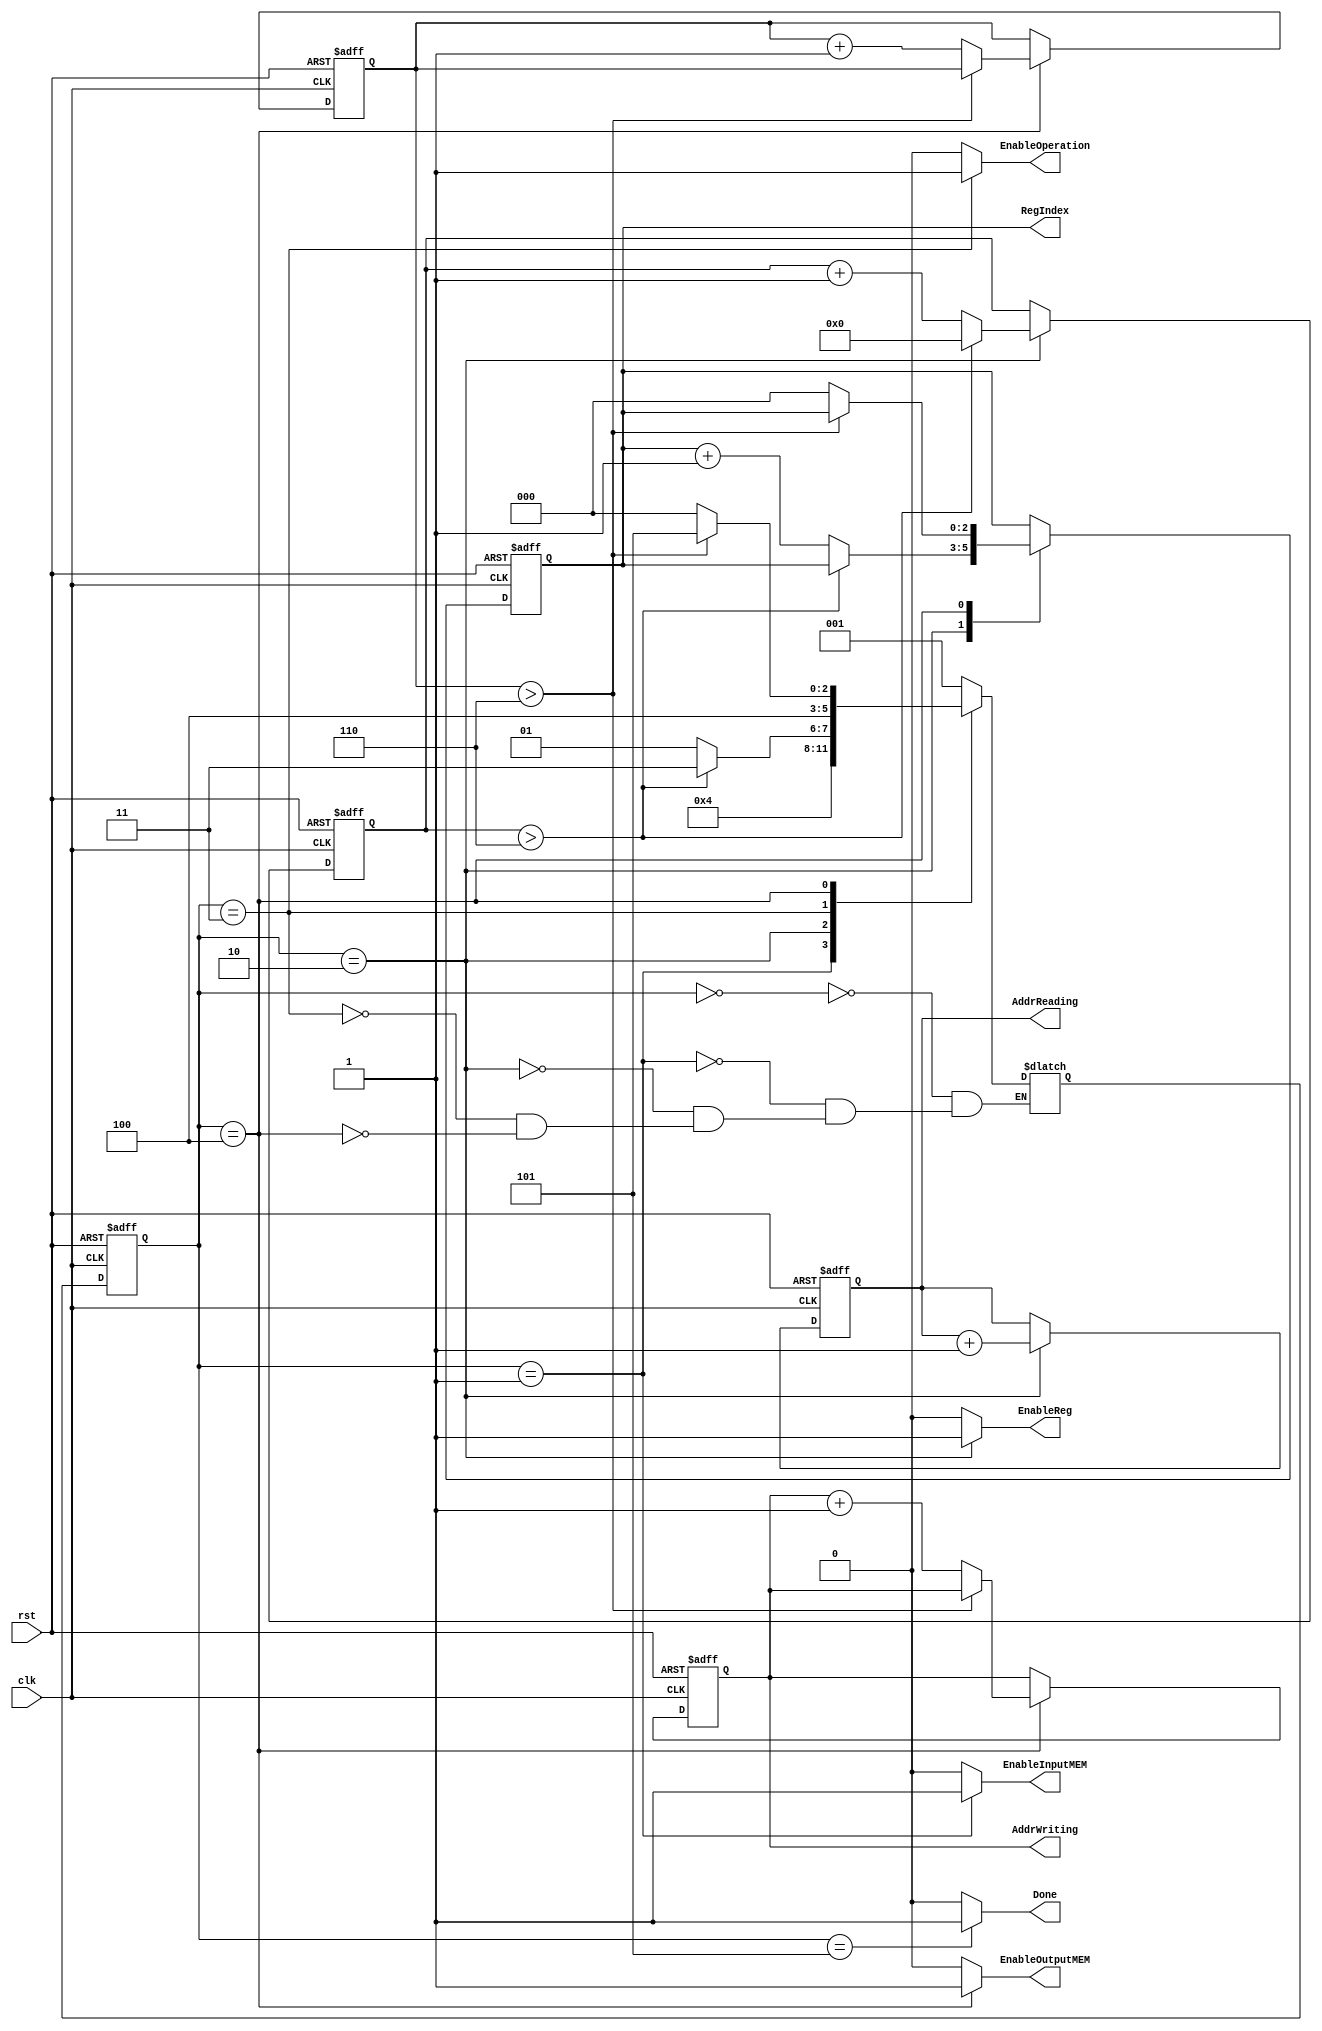
//*************************************************
//** 2016 spring iVCAD                          
//** Author: Doris
//** Description: Controller
//** Mar. 2014 Tim revised	
//** Mar. 2015 Jimmy revised		
//** Mar. 2016 Yip revised  
//*************************************************
module controller(
	//---- input
	clk,
	rst,
	//---- output									 
	AddrReading,					
	AddrWriting,					
	RegIndex,
	EnableInputMEM,		
	EnableReg,							
	EnableOperation,	
	EnableOutputMEM,	
	Done													
	);

output [5:0] AddrReading;
output [5:0] AddrWriting;
output [2:0] RegIndex;
output       EnableInputMEM;
output       EnableReg;
output       EnableOperation;
output       EnableOutputMEM;
output       Done;

input        clk;
input        rst;

reg [2:0] state;
reg [2:0] next_state;

reg [5:0] AddrReading,next_AddrReading;
reg [5:0] AddrWriting,next_AddrWriting;
reg [2:0] RegIndex,next_RegIndex; 	// 4 data for one time
reg [3:0] TimesCounter,next_TimesCounter;	// 8 times for simulation 

reg [3:0]  ntime,ctime;


reg       EnableInputMEM;
reg       EnableReg;
reg       EnableOperation;
reg       EnableOutputMEM;




parameter Init      = 3'd0, 
          ReadMem   = 3'd1,
          WriteReg  = 3'd2, 
          Operation = 3'd3,
          WriteMem  = 3'd4,
          DONE      = 3'd5;
          
  assign Done = (state==DONE)?1:0;


	always@(posedge clk or posedge rst) begin //state 
		if(rst) begin
			state <= Init; 
			RegIndex <= 3'd0;
			TimesCounter <= 4'd0;
			AddrReading <= 6'd0;
			AddrWriting <= 6'd0;
			ctime <= 4'd0;
			end
		else    begin
				state <= next_state;
				RegIndex <= next_RegIndex;
				TimesCounter <= next_TimesCounter;
				AddrReading <= next_AddrReading;
				AddrWriting <= next_AddrWriting;
				ctime <= ntime;
			end
	end




	always@(*) begin         //state control
		next_AddrWriting = AddrWriting;
		next_AddrReading = AddrReading;
		next_RegIndex = RegIndex;
		next_TimesCounter = TimesCounter;
		ntime = ctime;
		case(state)
			Init     :      next_state = ReadMem;



			ReadMem	 :	next_state = WriteReg;
					




			WriteReg :	
					if(ctime > 4'd6)
					begin
                                        next_state = Operation;
					ntime=4'd0;
					next_AddrReading = AddrReading + 1;
					end
					else 
					begin
                                          next_state = ReadMem;
					  next_RegIndex = RegIndex + 1;
					  next_AddrReading = AddrReading + 1;
					 ntime = ctime + 1;
					end	



	
			Operation:	next_state = WriteMem;


			WriteMem :	if(TimesCounter>4'd6)
					next_state = DONE;
					else 
					begin 
						next_state = Init;  
						next_TimesCounter = TimesCounter + 1;
                                        	next_RegIndex = 0;
						next_AddrWriting = AddrWriting + 1 ;
					end	
					  
					 
					
			

		endcase
	end
	
	always@(*) begin         //data control
		case(state)
			Init     :  
				begin
		                	EnableInputMEM = 0 ;
		                	EnableReg = 0;
		                	EnableOperation = 0;
		                	EnableOutputMEM = 0;
                                        
									
                                      
		              	end
			ReadMem: 	
				begin
		                	EnableInputMEM = 1 ;
		                	EnableReg = 0;
		                	EnableOperation = 0;
		                	EnableOutputMEM = 0;
		              	end
			WriteReg: 	
				begin
		                	EnableInputMEM = 0 ;
		                	EnableReg = 1;
		               		EnableOperation = 0;
		               		EnableOutputMEM = 0;
					
		
		              	end
			Operation: 	
				begin
		                	EnableInputMEM = 0 ;
		                	EnableReg = 0;
		                	EnableOperation = 1;
		                	EnableOutputMEM = 0;
		              	end
			WriteMem: 	
				begin
		                	EnableInputMEM = 0 ;
		                	EnableReg = 0;
		                	EnableOperation = 0;
		                	EnableOutputMEM = 1;
					
		              	end
			

		              
		  default  :  begin
		                EnableInputMEM = 0;
		                EnableReg = 0;
		                EnableOperation = 0;
		                EnableOutputMEM = 0;
		              	end
		endcase
	end

endmodule